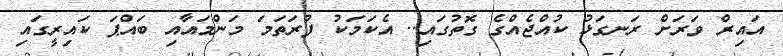
އައިރް ވަރަށް ރަނގަޅު ކުއްޖެއްގެ ގޮތުގައި.. އެކަމަކު ފުރަތަމަ މަންމައާއި ބައްޕަ ކައިރީގައި